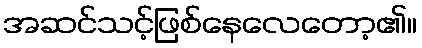
အဆင်သင့်ဖြစ်နေလေတော့၏။